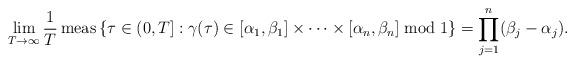
LaTeX: \begin{align*}\lim_{T\to\infty}\frac{1}{T}\operatorname{meas}\left\{\tau\in (0,T]: \gamma(\tau)\in[\alpha_1,\beta_1]\times\cdots\times[\alpha_n,\beta_n]\bmod 1\right\} = \prod_{j=1}^n (\beta_j-\alpha_j).\end{align*}